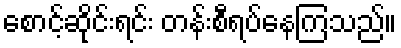
စောင့်ဆိုင်းရင်း တန်းစီရပ်နေကြသည်။